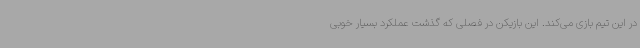
در این تیم بازی می‌کند. این بازیکن در فصلی که گذشت عملکرد بسیار خوبی